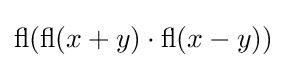
\operatorname {fl} (\operatorname {fl} (x+y)\cdot \operatorname {fl} (x-y))